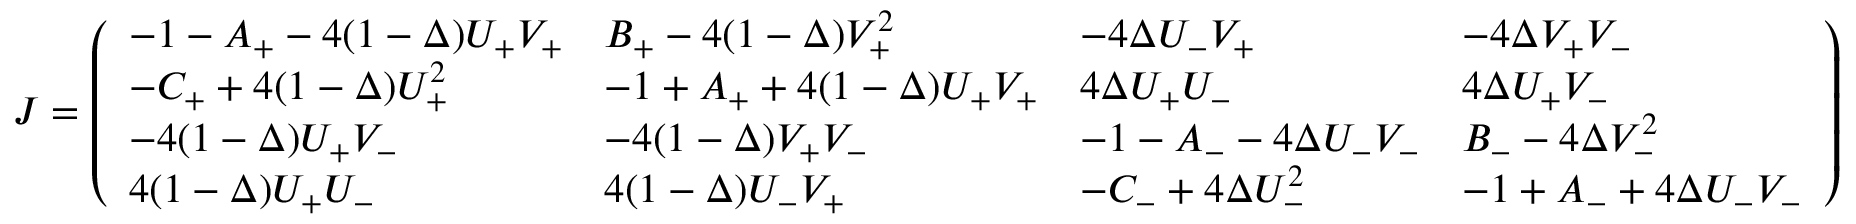
J = \left( \begin{array} { l l l l } { - 1 - A _ { + } - 4 ( 1 - \Delta ) U _ { + } V _ { + } } & { B _ { + } - 4 ( 1 - \Delta ) V _ { + } ^ { 2 } } & { - 4 \Delta U _ { - } V _ { + } } & { - 4 \Delta V _ { + } V _ { - } } \\ { - C _ { + } + 4 ( 1 - \Delta ) U _ { + } ^ { 2 } } & { - 1 + A _ { + } + 4 ( 1 - \Delta ) U _ { + } V _ { + } } & { 4 \Delta U _ { + } U _ { - } } & { 4 \Delta U _ { + } V _ { - } } \\ { - 4 ( 1 - \Delta ) U _ { + } V _ { - } } & { - 4 ( 1 - \Delta ) V _ { + } V _ { - } } & { - 1 - A _ { - } - 4 \Delta U _ { - } V _ { - } } & { B _ { - } - 4 \Delta V _ { - } ^ { 2 } } \\ { 4 ( 1 - \Delta ) U _ { + } U _ { - } } & { 4 ( 1 - \Delta ) U _ { - } V _ { + } } & { - C _ { - } + 4 \Delta U _ { - } ^ { 2 } } & { - 1 + A _ { - } + 4 \Delta U _ { - } V _ { - } } \end{array} \right)